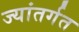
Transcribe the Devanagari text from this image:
ज्यांतर्गत